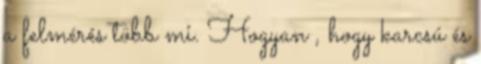
a felmérés több mi. Hogyan , hogy karcsú és